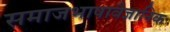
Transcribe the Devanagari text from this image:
समाजभाषावैज्ञानिक